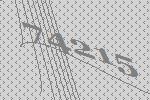
74215